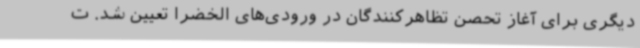
دیگری برای آغاز تحصن تظاهرکنندگان در ورودی‌های الخضرا تعیین شد. ت